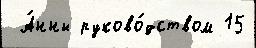
 А́нны руково́дством 15